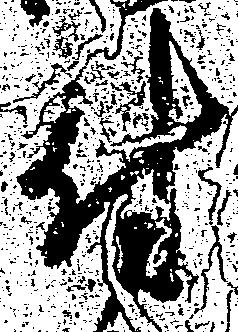
付